Indian journal of veterinary science and animal husbandry - Volume 5,
Year: 1935
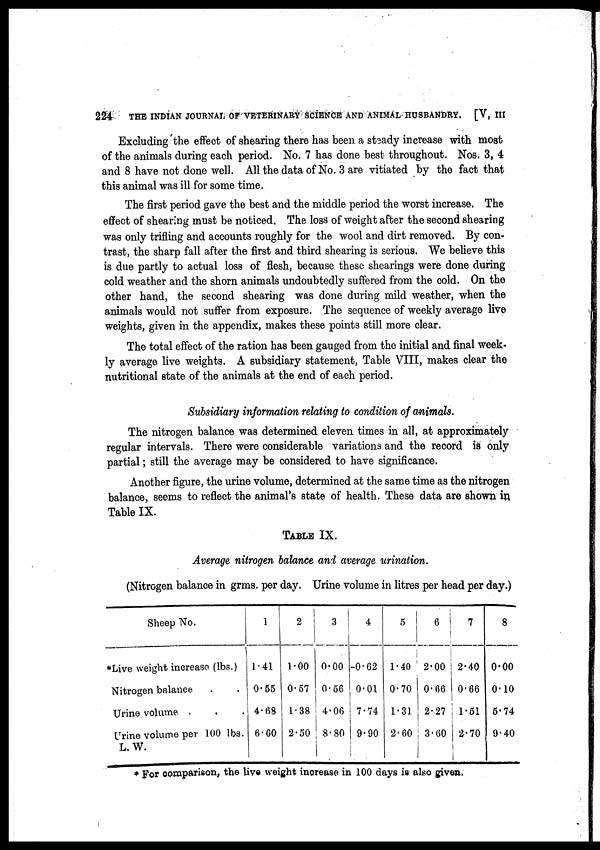
224
THE INDIAN JOURNAL OF VETERINARY SCIENCE AND ANIMAL HUSBANDRY. [V, III
Excluding the effect of shearing there has been a steady increase with most
of the animals during each period. No.7 has done best throughout. Nos. 3, 4
and 8 have not done well. All the data of No. 3 are vitiated by the fact that
this animal was ill for some time.
The first period gave the best and the middle period the worst increase. The
effect of shearing must be noticed. The loss of weight after the second shearing
was only trifling and accounts roughly for the wool and dirt removed. By con-
trast, the sharp fall after the first and third shearing is serious. We believe this
is due partly to actual loss of flesh, because these shearings were done during
cold weather and the shorn animals undoubtedly suffered from the cold. On the
other hand, the second shearing was done during mild weather, when the
animals would not suffer from exposure. The sequence of weekly average live
weights, given in the appendix, makes these points still more clear.
The total effect of the ration has been gauged from the initial and final week-
ly average live weights. A subsidiary statement, Table VIII, makes clear the
nutritional state of the animals at the end of each period.
Subsidiary information relating to condition of animals.
The nitrogen balance was determined eleven times in all, at approximately
regular intervals. There were considerable variations and the record is only
partial; still the average may be considered to have significance.
Another figure, the urine volume, determined at the same time as the nitrogen
balance, seems to reflect the animal's state of health. These data are shown in
Table IX.
TABLE IX.
Average nitrogen balance and average urination.
(Nitrogen balance in grms. per day. Urine volume in litres per head per day.)
Sheep No.
*Live weight increase (lbs.)
Nitrogen balance . . .
Urine volume . . .
Urine volume per 100 lbs.
L.W.
1
1.41
0.55
4.68
6. 60
2
1.00
0.57
1.38
2.50
3
0.00
0.56
4.06
8.80
4
-0.62
0.01
7.74
9.90
5
1.40
0.70
1.31
2.60
6
2.00
0.66
2.27
3.60
7
2.40
0.66
1.51
2.70
8
0.00
0.10
5.74
9.40
* For comparison, the live weight increase in 100 days is also given.